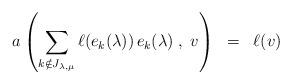
LaTeX: \begin{align*}a\left( \sum_{k\notin J_{\lambda,\mu}} \ell(e_k(\lambda))\, e_k(\lambda)\; , \; v\right) \;\; = \; \;\ell(v)\end{align*}